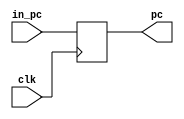
`timescale 1ns / 1ps

module PC(
	input clk,
	input [63:0] in_pc,
	output reg [63:0] pc
	);
	
	initial
		pc = 64'b0;

	always @ (posedge clk)
		pc <= in_pc;

endmodule